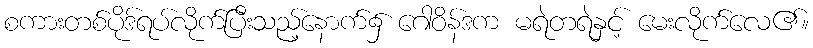
စကားတစ်ပိုဒ်ရပ်လိုက်ပြီးသည့်နောက်၌ ဂေါဝိန်ဒက မရဲတရဲနှင့် မေးလိုက်လေ၏။